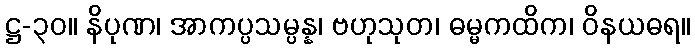
ဋ္ဌ-၃၀။ နိပုဏ၊ အာကပ္ပသမ္ပန္န၊ ဗဟုသုတ၊ ဓမ္မကထိက၊ ဝိနယဓရ။